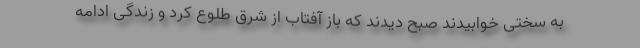
به سختی خوابیدند صبح دیدند که باز آفتاب از شرق طلوع کرد و زندگی ادامه